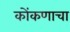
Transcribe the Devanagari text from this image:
कोंकणाचा